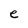
Character: e